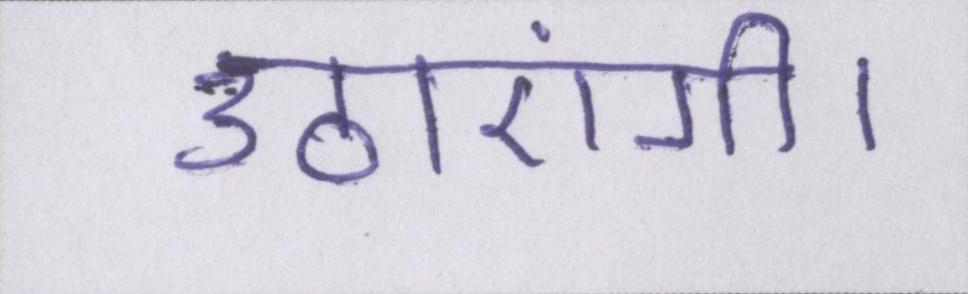
उठाएंगी।